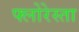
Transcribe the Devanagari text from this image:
फ्लोरेस्ता